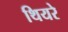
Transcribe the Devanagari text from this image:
थियरे